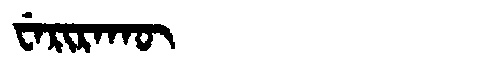
Manchu: ᠸᡝᡵᡳᡵᠠᡴᡡ
Romanization: WERIRAKŪ